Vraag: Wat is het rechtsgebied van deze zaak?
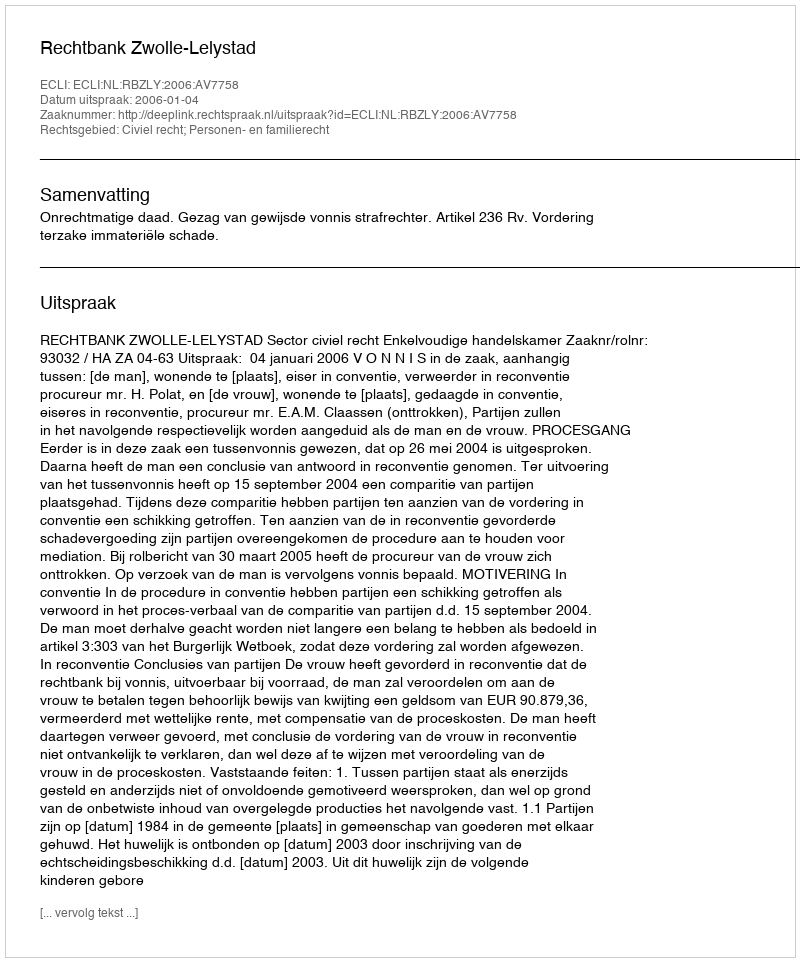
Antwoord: Civiel recht; Personen- en familierecht